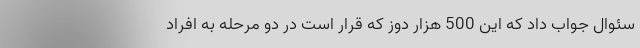
سئوال جواب داد که این 500 هزار دوز که قرار است در دو مرحله به افراد